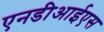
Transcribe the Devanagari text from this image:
एनडीआईएस